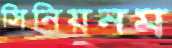
সিনিয়নম